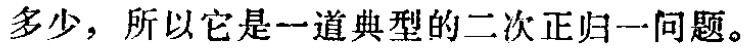
多少，所以它是一道典型的二次正归一问题。